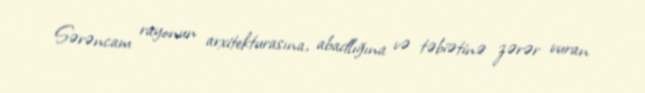
Sərəncam rayonun arxitekturasına, abadlığına və təbiətinə zərər vuran